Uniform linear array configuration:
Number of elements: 24
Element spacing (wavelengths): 0.75
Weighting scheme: binomial
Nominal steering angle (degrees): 30
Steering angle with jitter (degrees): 29.277
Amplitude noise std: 0.05
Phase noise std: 0.05

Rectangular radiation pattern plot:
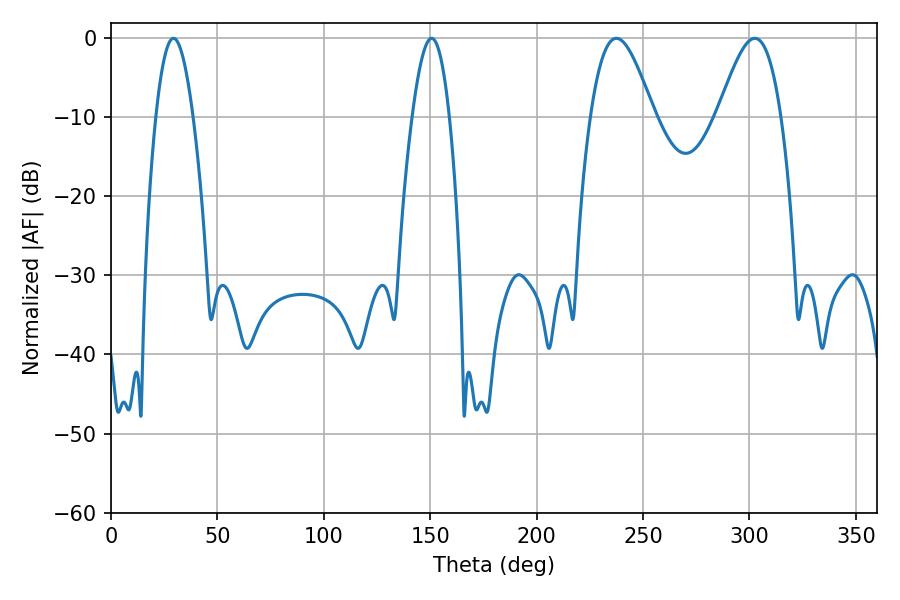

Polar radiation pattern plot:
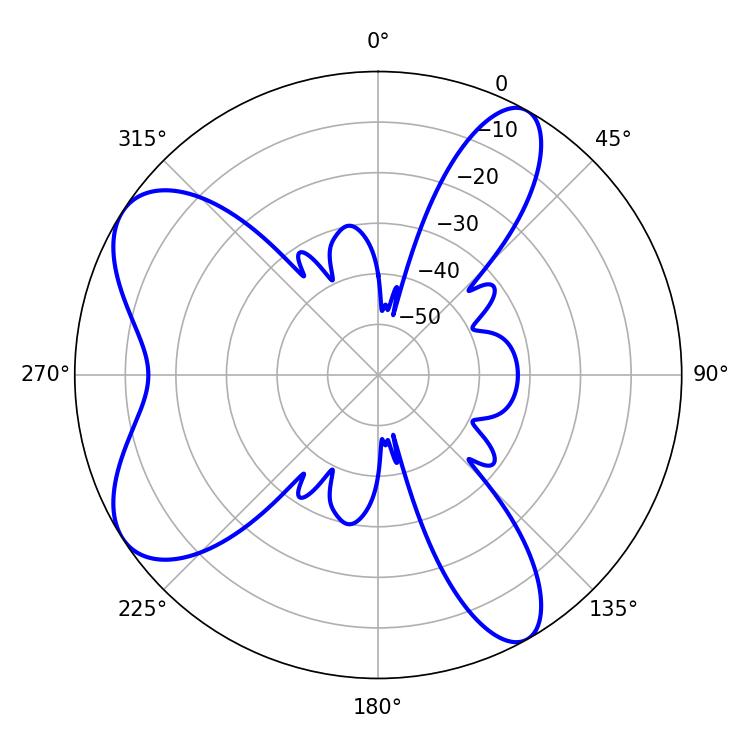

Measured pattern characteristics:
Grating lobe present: TRUE
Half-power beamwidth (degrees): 9.54
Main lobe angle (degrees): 29.34